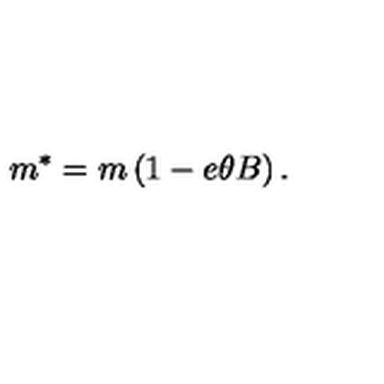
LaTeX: m ^ { * } = m \left( 1 - e \theta B \right) .